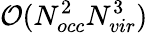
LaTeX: \mathcal{O}(N_{occ}^{2}N_{vir}^{3})